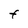
Character: F